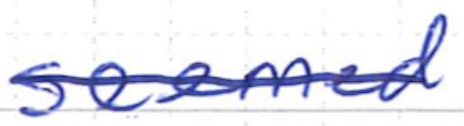
Text: seemed
Cross-out: single-line
Writing tool: ballpoint